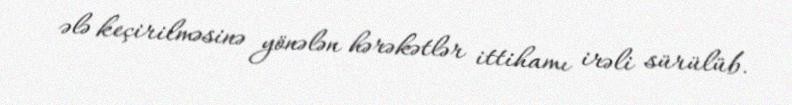
ələ keçirilməsinə yönələn hərəkətlər ittihamı irəli sürülüb.